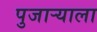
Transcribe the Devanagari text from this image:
पुजार्‍याला